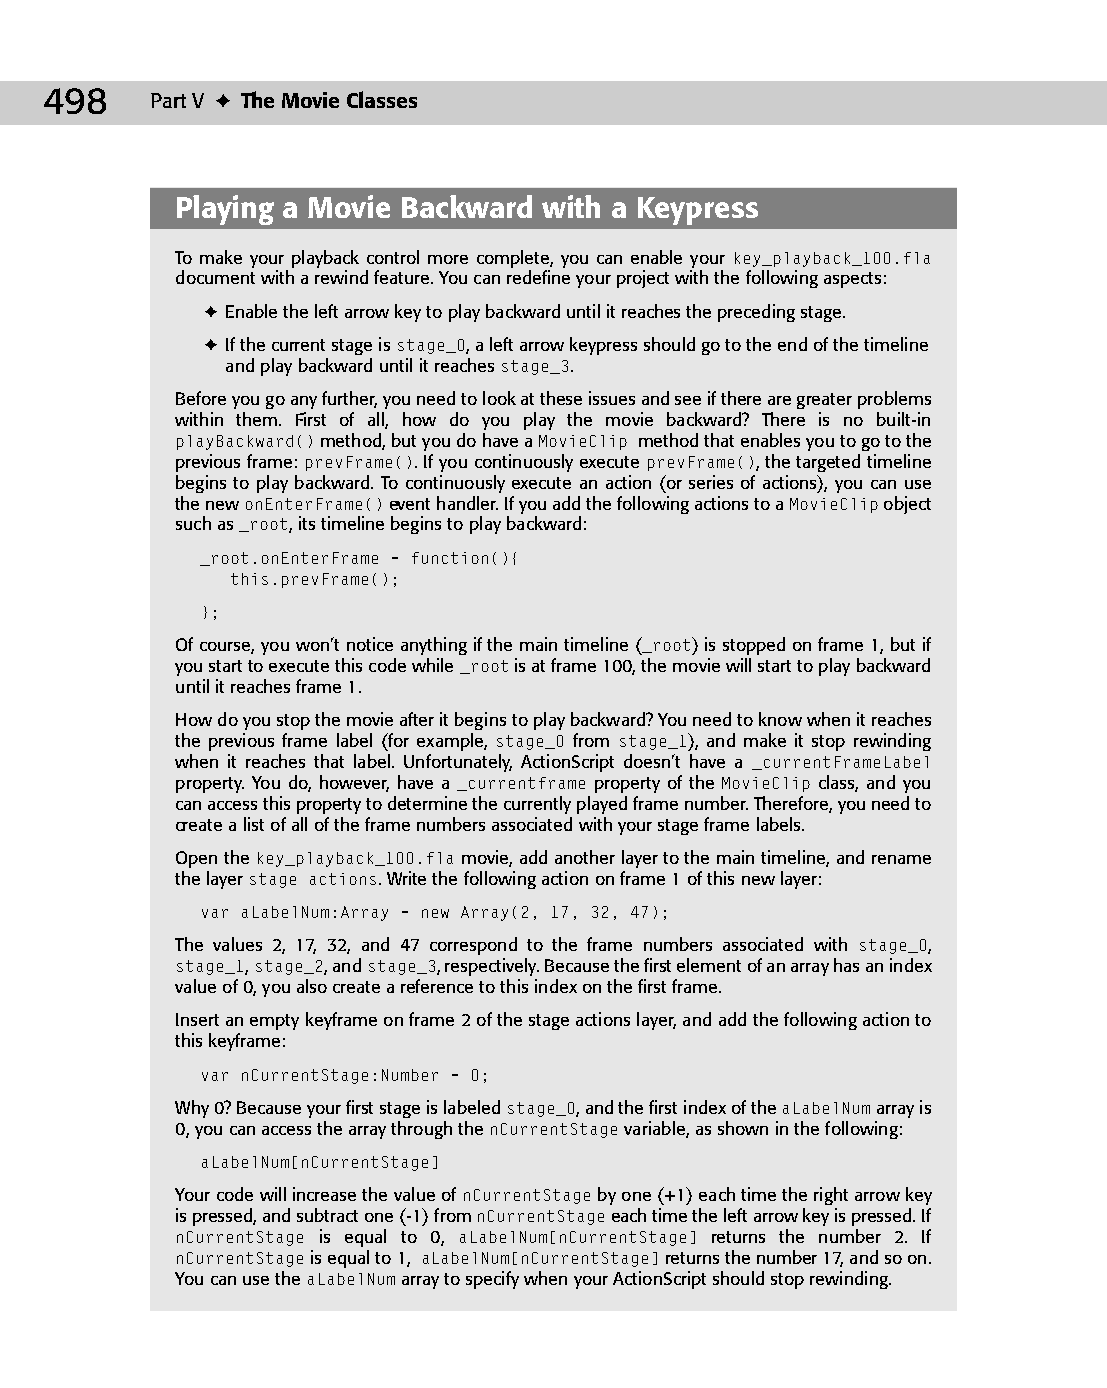
25 543547 ch19.qxd 3/24/04 4:10 PM Page 498
 498    Part V ✦ The Movie Classes
 Playing a Movie Backward with a Keypress
 To make your playback control more complete, you can enable your key_playback_100.fla
 document with a rewind feature. You can redefine your project with the following aspects:
 ✦ Enable the left arrow key to play backward until it reaches the preceding stage.
 ✦ If the current stage is stage_0, a left arrow keypress should go to the end of the timeline
 and play backward until it reaches stage_3.
 Before you go any further, you need to look at these issues and see if there are greater problems
 within them. First of all, how do you play the movie backward? There is no built-in
 playBackward() method, but you do have a MovieClip method that enables you to go to the
 previous frame: prevFrame(). If you continuously execute prevFrame(), the targeted timeline
 begins to play backward. To continuously execute an action (or series of actions), you can use
 the new onEnterFrame() event handler. If you add the following actions to a MovieClip object
 such as _root, its timeline begins to play backward:
 _root.onEnterFrame = function(){
 this.prevFrame();
 };
 Of course, you won’t notice anything if the main timeline (_root) is stopped on frame 1, but if
 you start to execute this code while _root is at frame 100, the movie will start to play backward
 until it reaches frame 1.
 How do you stop the movie after it begins to play backward? You need to know when it reaches
 the previous frame label (for example, stage_0 from stage_1), and make it stop rewinding
 when it reaches that label. Unfortunately, ActionScript doesn’t have a _currentFrameLabel
 property. You do, however, have a _currentframe property of the MovieClip class, and you
 can access this property to determine the currently played frame number. Therefore, you need to
 create a list of all of the frame numbers associated with your stage frame labels.
 Open the key_playback_100.fla movie, add another layer to the main timeline, and rename
 the layer stage actions. Write the following action on frame 1 of this new layer:
 var aLabelNum:Array = new Array(2, 17, 32, 47);
 The values 2, 17, 32, and 47 correspond to the frame numbers associated with stage_0,
 stage_1, stage_2, and stage_3, respectively. Because the first element of an array has an index
 value of 0, you also create a reference to this index on the first frame.
 Insert an empty keyframe on frame 2 of the stage actions layer, and add the following action to
 this keyframe:
 var nCurrentStage:Number = 0;
 Why 0? Because your first stage is labeled stage_0, and the first index of the aLabelNum array is
 0, you can access the array through the nCurrentStage variable, as shown in the following:
 aLabelNum[nCurrentStage]
 Your code will increase the value of nCurrentStage by one (+1) each time the right arrow key
 is pressed, and subtract one (-1) from nCurrentStage each time the left arrow key is pressed. If
 nCurrentStage is equal to 0, aLabelNum[nCurrentStage] returns the number 2. If
 nCurrentStage is equal to 1, aLabelNum[nCurrentStage] returns the number 17, and so on.
 You can use the aLabelNum array to specify when your ActionScript should stop rewinding.